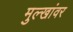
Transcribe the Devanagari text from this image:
मुल्खांवर